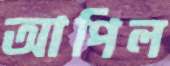
আপিল